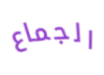
الجماع